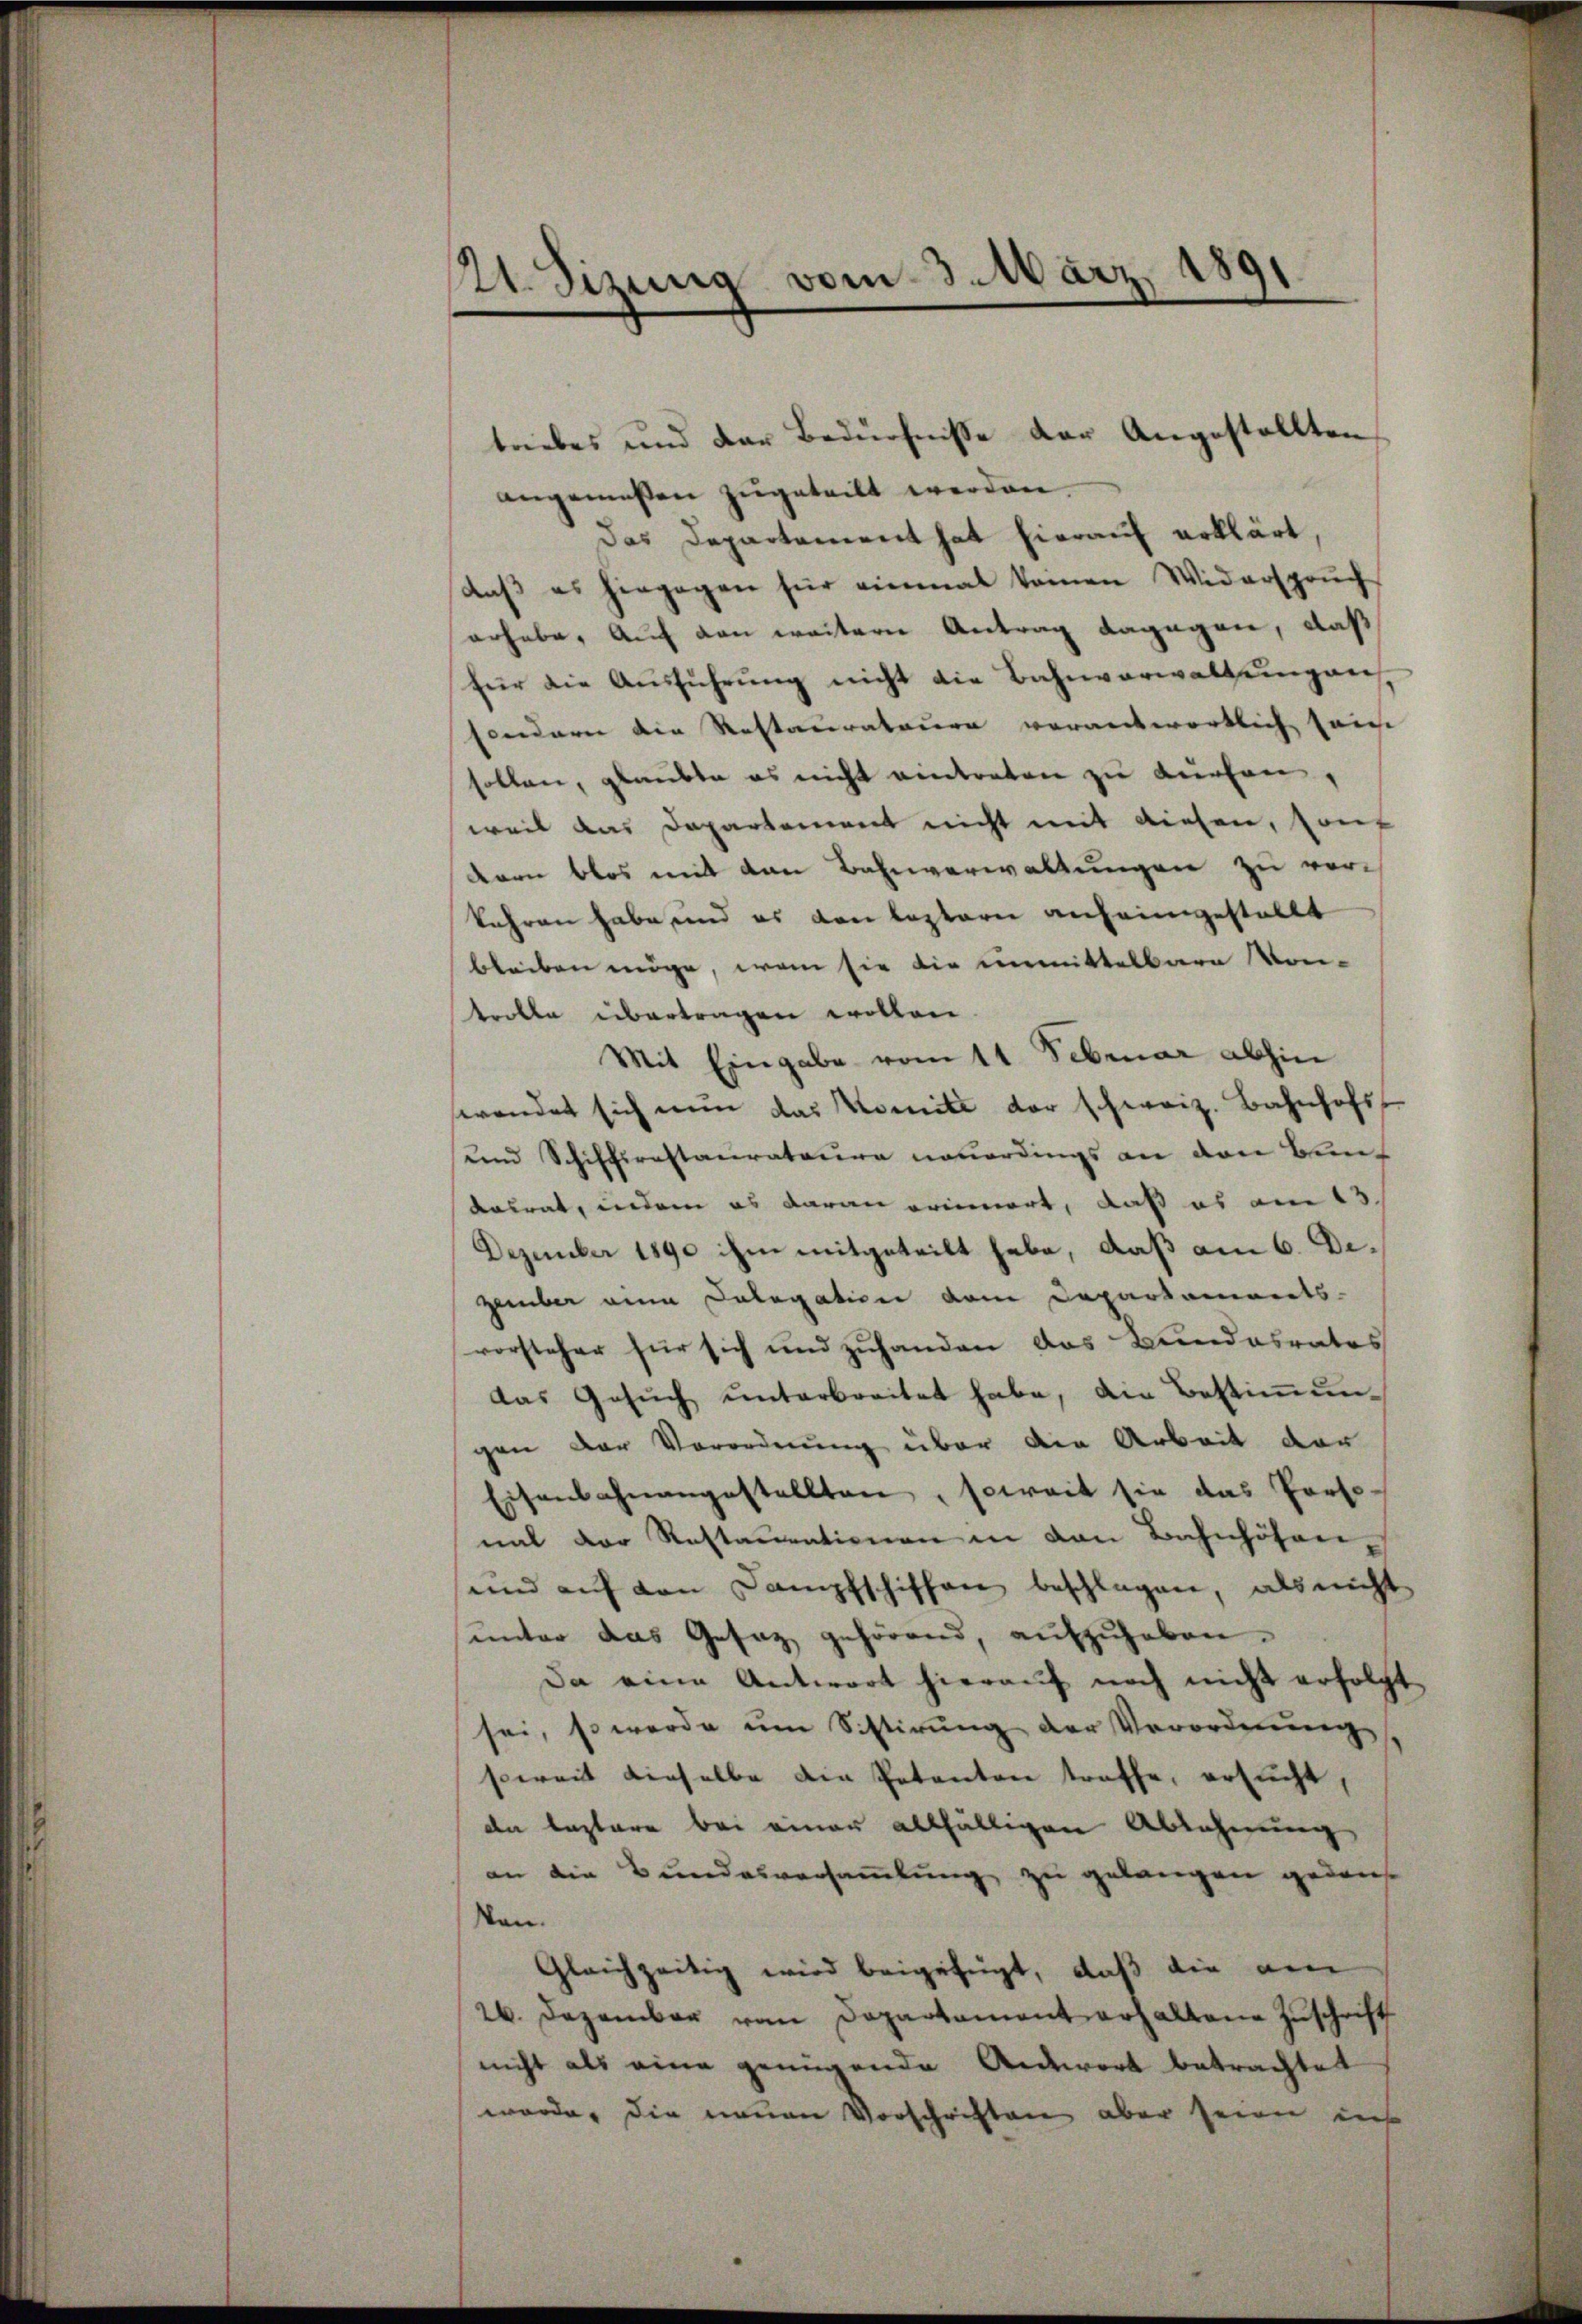
21. Sizung vom 3. März 1891

triebes und der Bedürfnisse der Angestellten
angemessen zugeteilt werden.
das Departement hat hierauf erklärt
daβ es hingegen für einmal keinen Widerspruch
erhabe. Auf den weitern Antrag dagegen, daß
für die Ausführung nicht die Bahnverwaltungen
sondern die Restauratuiere verantwortlich seinhe
sollen, glaubte es nicht eintreten zu dürfen,
weil das Departement nicht mit diesen, sondern blos mit den Bahnverwaltungen zu vorkehren habe und es von leztern anheimgestellt
bleiben möge, wenn sie die unmittelbare Vor-
trolle übertragen wollen.
Mit Eingabe vom 11. Februar abhin
swendet sich nun das Komite der schweiz. Bahnhofs,
und Schiffernstaurateure neuerdings an den Bundatrat, indem es daran erinnert, daß es am 13.
Dezember 1890 ihm mitgeteilt habe, daß am 6. Dezember eine Cologation dem Departaments-
vorsteher für sich und zuhanden das Bundesrates
das Gesŭch ŭnterbreitet habe, die Bestiṁŭn-
gen der Verordnung über die Arbeit der
Eisenbahnangestellten, soweit sie das Perso
nal der Restaurationen in von Bahnhöfen
und auf von Dampfschiffen beschlagen, als nicht
unter das Gesatz gehörend, aufzuheben.
Da eine Antwort hierauf noch nicht erfolgt,
sei, so werde um Sistirung der Verordnungssoweit dieselbe die Petenten treffe, ersucht,
da leztere bei einer allfälligen Ablehnung
an die Bundesversammlung zu gelangen gedank
kan.
Gleichzeitig wird beigefügt, daß die am
26. Dezember von Departament erhaltene Zuschrift
nicht als eine genügende Antwort betrachtet
worden die neuen Vorschriften aber seien des